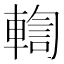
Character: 輷